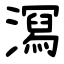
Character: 㵼